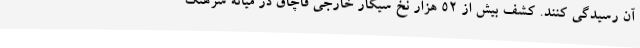
آن رسیدگی کنند. کشف بیش از 52 هزار نخ سیگار خارجی قاچاق در میانه سرهنگ